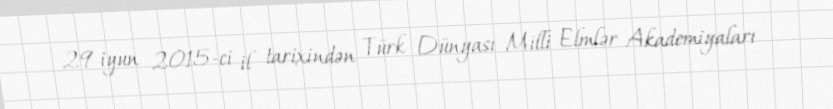
29 iyun 2015-ci il tarixindən Türk Dünyası Milli Elmlər Akademiyaları